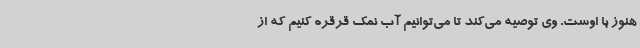
هنوز با اوست. وی توصیه می‌کند تا می‌توانیم آب نمک قرقره کنیم که از